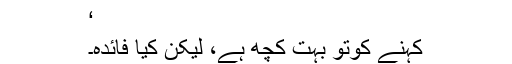
‘
کہنے کوتو بہت کچھ ہے، لیکن کیا فائدہ۔